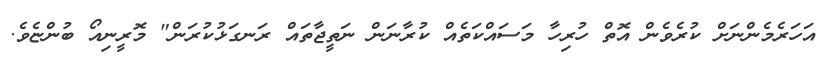
އަހަރެެމެންނަަށް ކުރެވެން އޮތް ހުރިހާ މަސައްކަތެއް ކުރާނަން ނަތީޖާތައް ރަނގަޅުކުރަން" މޮރީނިއޯ ބުންޏެވެ.